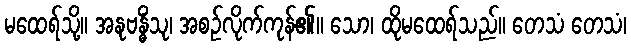
မထေရ်သို့။ အနုဗန္ဓိံသု၊ အစဉ်လိုက်ကုန်၏။ သော၊ ထိုမထေရ်သည်။ တေသံ တေသံ၊